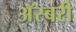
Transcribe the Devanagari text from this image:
अॅस्बरी